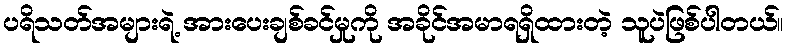
ပရိသတ်အများရဲ့ အားပေးချစ်ခင်မှုကို အခိုင်အမာရရှိထားတဲ့ သူပဲဖြစ်ပါတယ်။